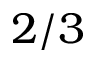
2 / 3